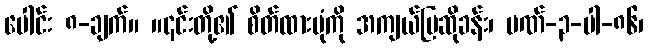
ပေါင်း ၈-ချက်။ ။၎င်းတို့၏ စိတ်ထားပုံကို အကျယ်ပြဆိုခန်း၊ ပဏ်-၃-ပါ-၈၆၊